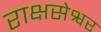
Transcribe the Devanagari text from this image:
राक्षसेश्वर